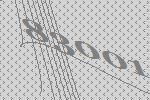
83001